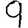
Digit: 9